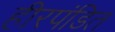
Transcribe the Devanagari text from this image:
हीरपंडित